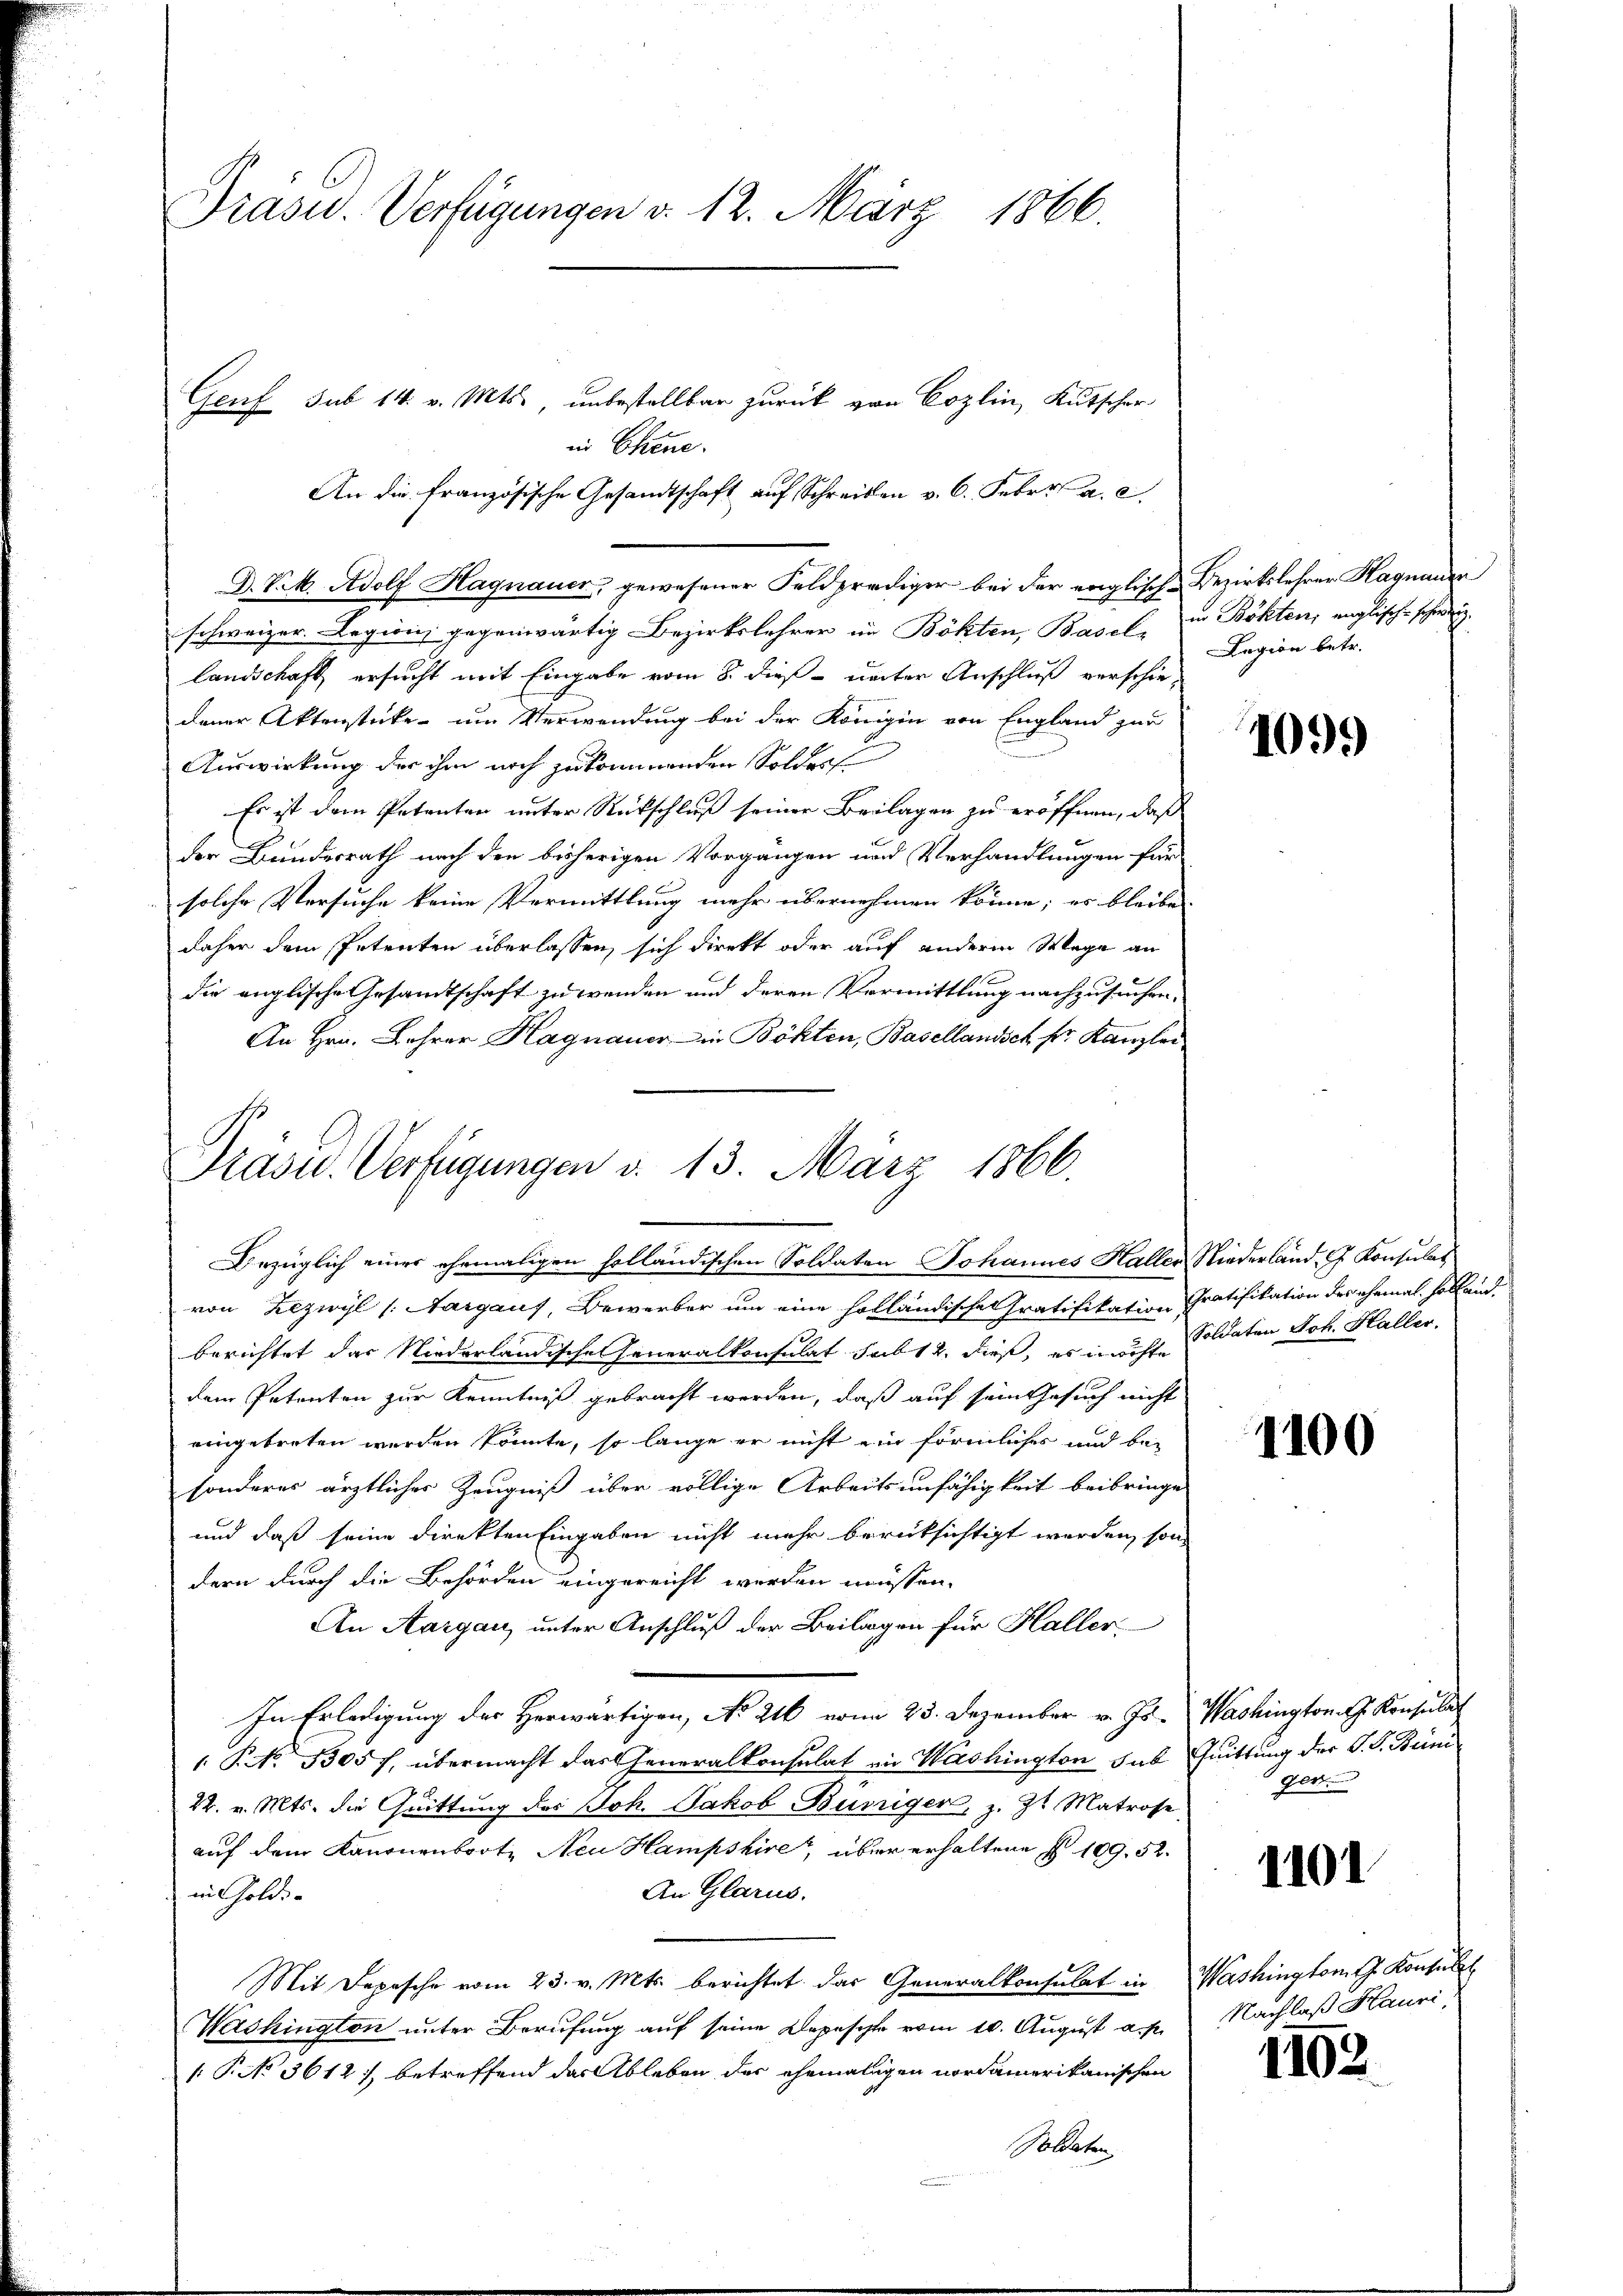
Präsid.. Verfügungen d. 12. März 1866.

Genf sub 14. v. Mts. unbestellbar zurück von Cozlin, Kutscher
in Chine.

An die französische Gesandtschaft auf Schreiben v. 6. Febr. a. c.
D. P. M. Adolf Hagnauer, gewesener Feldprediger bei der englisch-Bezirkslehrer Hagnauer
schweizer. Legion gegenwärtig Bezirkslehrer in Böhten, Basel, in Böhten, englische schweiz.
landschaft ersucht mit Eingabe vom 8. dieß unter Anschluß verschie-
dener Aktenstücke um Verwendung bei der Königin von England zur
Auswirkung der ihm noch zukommenden Solder
Es ist dem Petenten unter Rückschluß seiner Beilagen zu eröffnen, daß
der Bundesrath nach den bisherigen Vorgängen und Verhandlungen für
solche Versuche keine Vermittlung mehr übernehmen könne; es bleibe
daher dem Petenten überlassen, sich direkt oder auf anderm Wege an
die englische Gesamtschaft zu wenden und deren Vermittlung nachzusuchen.
An Hrn. Lehrer Hagnauer in Böhten, Basellandsch fr. Kanzlei

Präsid.. Verfügungen d. 13. März 1866.
Bezüglich einer ehemaligen holländischen Soldaten Johannes Haller Niederland, G. Konsulat

Lagion betr.

von Rezwyl (Aargaus, Bewerber um eine holländische tratifikation Gratifikation des ehemal solandberichtet das Niederländische Generalkonsulat sub 12. dieß, es in dicht Soldaten Joh. Haller.
dem Petenten zur Kenntniß gebracht werden, daß auf sein Gesuch nicht
eingetreten werden könnte, so lange er nicht ein förmliches und bei
sonderes ärztliches Zeugniß über völlige Arbeitsunfähigkeit beibringe
und daß seine direkten Eingaben nicht mehr berücksichtigt werden, sondern durch die Behörden eingereicht werden müssen.
An Aargau, unter Anschluß der Beilagen für Haller
In Erledigung des Herwärtigen, No 216 vom 23. Dezember v. Js. Washington Konsul
PNNo. 3305 f, übermacht das Generalkonsulat in Washington, das Quittung der S. S. Beini
22. v. Mts. die Quittung des Joh. Jakob Bünziger, z. Zt. Matrose
auf dem Kanonenboote Neu Hampshire, über erhaltene § 109. 52.
An Glarus.
in Gold- |
Mit Depesche vom 23. v. Mts. berichtet das Generalkonsulat in Washingtont. Konsult
Washington unter Berufung auf seine Depesche vom 10. August am Nachlaß Kauri
 P. No 3612. betreffend der Ableben der ehemaligen nordamerikanischen
Soldaten.

109.)

1100

ger.

1101

1102.